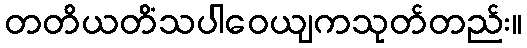
တတိယတိံသပါဝေယျကသုတ်တည်း။